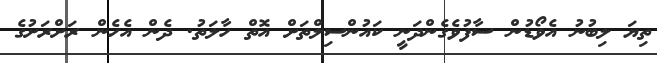
ތިޔަ ލިބުނު އެވޯޑުން ސާފުވެގެންދަނީ ކައުންސިލްތަށް އޮތް ހާލަތު. ދެން އެހެން ރަށްރަށުގެ